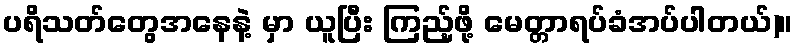
ပရိသတ်တွေအနေနဲ့ မှာ ယူပြီး ကြည့်ဖို့ မေတ္တာရပ်ခံအပ်ပါတယ်)။